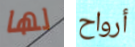
لها أرواح